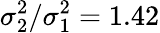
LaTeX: \sigma_{2}^{2}/\sigma_{1}^{2}=1.42